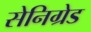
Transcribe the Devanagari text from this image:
सेनिग्रेड